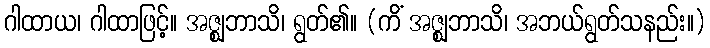
ဂါထာယ၊ ဂါထာဖြင့်။ အဇ္ဈဘာသိ၊ ရွတ်၏။ (ကိံ အဇ္ဈဘာသိ၊ အဘယ်ရွတ်သနည်း။)